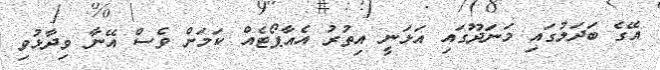
އޭގެ ބަދަލުގައި މަނަދޫގައި އަޅަނީ އިތުރު އެއާޕޯޓެއް ކަމަށް ވެސް އޭނާ ވިދާޅުވި